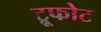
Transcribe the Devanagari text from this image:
ट्रूफोट